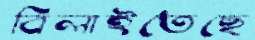
বিলাইতেছে